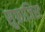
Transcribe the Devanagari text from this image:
सुफ्राजिस्ट